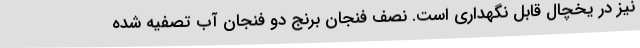
نیز در یخچال قابل نگهداری است. نصف فنجان برنج دو فنجان آب تصفیه شده